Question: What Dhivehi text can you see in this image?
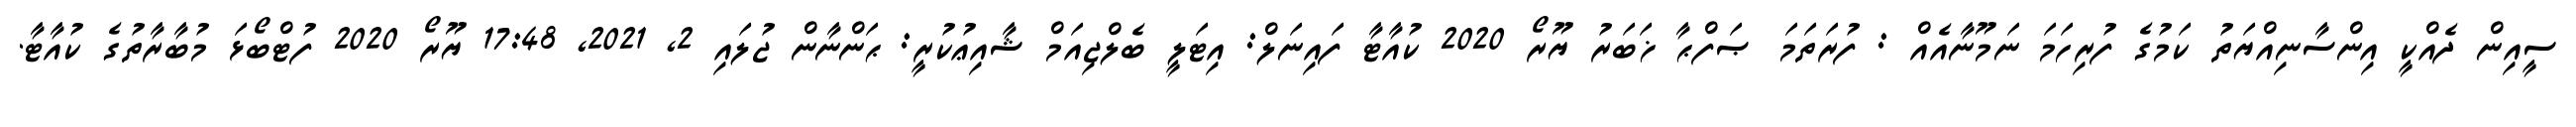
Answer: ސީއިން ދެއްކީ އިންސާނިއްޔަތު ކަމުގެ ފުރިހަމަ ނަމޫނާއެއް : ފުރަތަމަ ޞަފްޙާ ޚަބަރު ޔޫރޯ 2020 ކުއާޓާ ފައިނަލް: އިޓަލީ ބެލްޖިއަމް ޝާއިޢުކުރީ: ޙަންނާން ޖުލައި 2, 2021, 17:48 ޔޫރޯ 2020 ފުޓްބޯޅަ މުބާރާތުގެ ކުއާޓާ.